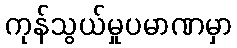
ကုန်သွယ်မှုပမာဏမှာ